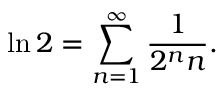
\ln 2 = \sum _ { n = 1 } ^ { \infty } { \frac { 1 } { 2 ^ { n } n } } .